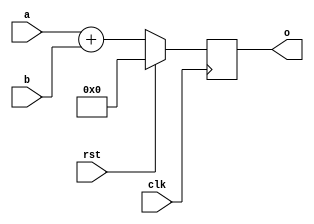
module add32(
    input [31:0] a,
    input [31:0] b,
    input clk,
    input rst,
    output reg [31:0] o
);

always @ (posedge clk) begin
    if (rst)
        o <= 1'b0;
    else 
        o <= a + b;
end

endmodule